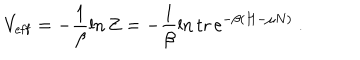
V _ { \mathrm { e f f } } = - \frac { 1 } { \beta } \ln Z = - \frac { 1 } { \beta } \ln \mathrm { t r } \, \mathrm { e } ^ { - \beta ( H - \mu N ) } \ .